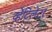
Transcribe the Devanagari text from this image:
व्हेंटिलेटर